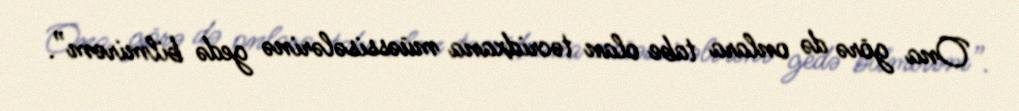
Ona görə də onlara tabe olan təcridxana müəssisələrinə gedə bilmirəm”.